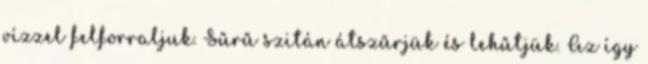
vízzel felforraljuk. Sűrű szitán átszűrjük és lehűtjük. Az így